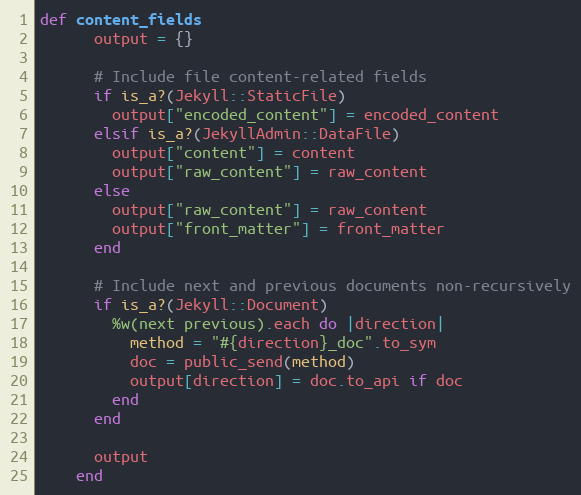
Language: Ruby
def content_fields
      output = {}

      # Include file content-related fields
      if is_a?(Jekyll::StaticFile)
        output["encoded_content"] = encoded_content
      elsif is_a?(JekyllAdmin::DataFile)
        output["content"] = content
        output["raw_content"] = raw_content
      else
        output["raw_content"] = raw_content
        output["front_matter"] = front_matter
      end

      # Include next and previous documents non-recursively
      if is_a?(Jekyll::Document)
        %w(next previous).each do |direction|
          method = "#{direction}_doc".to_sym
          doc = public_send(method)
          output[direction] = doc.to_api if doc
        end
      end

      output
    end